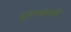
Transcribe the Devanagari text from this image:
स्ंरचनवादी